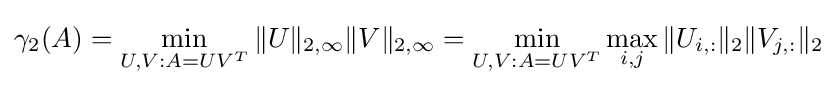
\gamma _{2}(A)=\min _{U,V:A=UV^{T}}\|U\|_{2,\infty }\|V\|_{2,\infty }=\min _{U,V:A=UV^{T}}\max _{i,j}\|U_{i,:}\|_{2}\|V_{j,:}\|_{2}